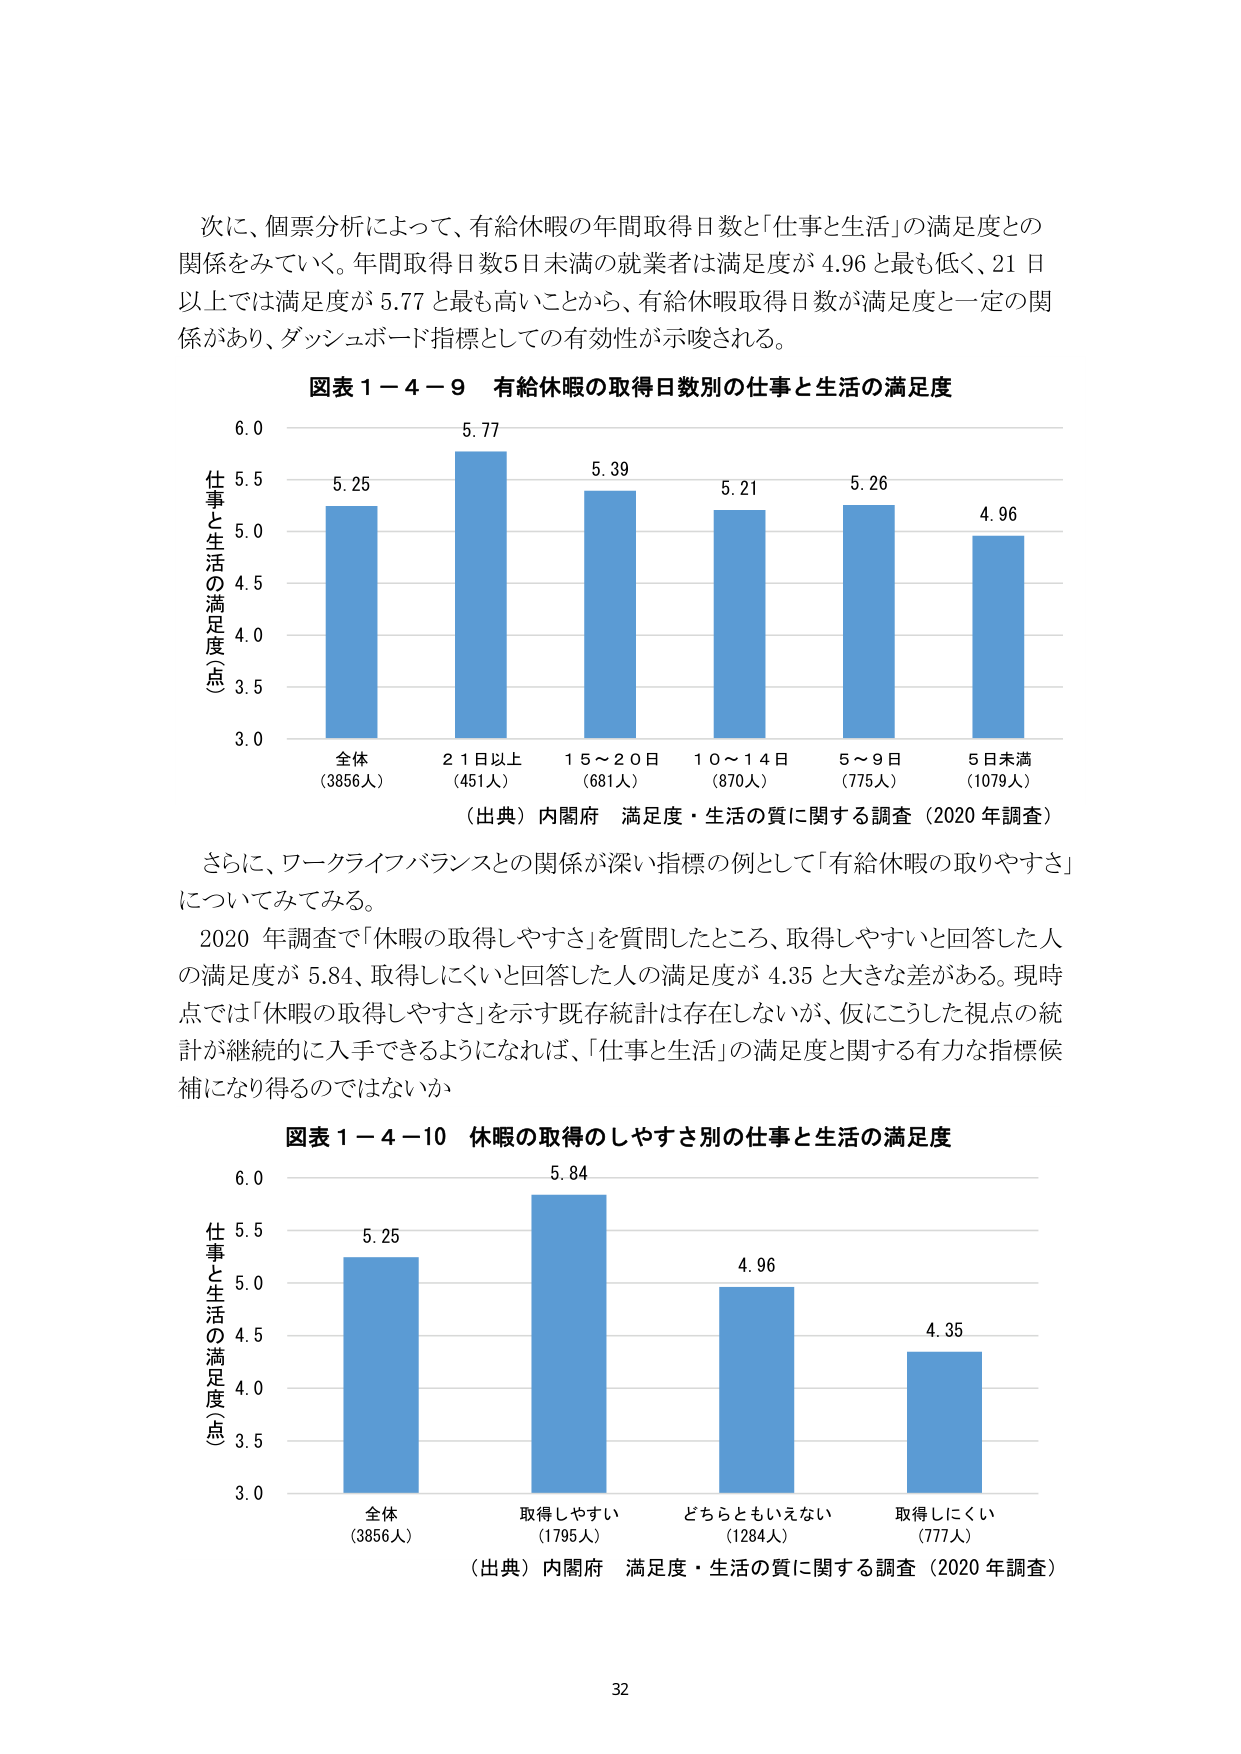
次に、個票分析によって、有給休暇の年間取得日数と「仕事と生活」の満足度との関係をみていく。年間取得日数5日未満の就業者は満足度が4.96と最も低く、21日以上では満足度が5.77と最も高いことから、有給休暇取得日数が満足度と一定の関係があり、ダッシュボード指標としての有効性が示唆される。

図表１－４－９ 有給休暇の取得日数別の仕事と生活の満足度

仕事と生活の満足度（点）
6.0
5.77
5.39
5.21
5.26
4.96
5.25
5.5
5.0
4.5
4.0
3.5
3.0

全体（3856人）
21日以上（451人）
15～20日（681人）
10～14日（870人）
5～9日（775人）
5日未満（1079人）

（出典）内閣府 満足度・生活の質に関する調査（2020年調査）

さらに、ワークライフバランスとの関係が深い指標の例として「有給休暇の取りやすさ」についてみてみる。

2020年調査で「休暇の取得しやすさ」を質問したところ、取得しやすいと回答した人の満足度が5.84、取得しにくいと回答した人の満足度が4.35と大きな差がある。現時点では「休暇の取得しやすさ」を示す既存統計は存在しないが、仮にこうした視点の統計が継続的に入手できるようになれば、「仕事と生活」の満足度に関する有力な指標候補になり得るのではないか

図表１－４－10 休暇の取得のしやすさ別の仕事と生活の満足度

仕事と生活の満足度（点）
6.0
5.84
4.96
4.35
5.25
5.5
5.0
4.5
4.0
3.5
3.0

全体（3856人）
取得しやすい（1795人）
どちらともいえない（1284人）
取得しにくい（777人）

（出典）内閣府 満足度・生活の質に関する調査（2020年調査）

32